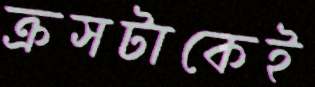
ক্রসটাকেই